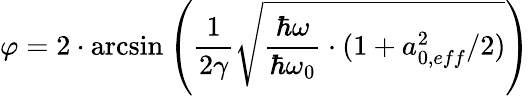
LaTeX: \varphi=2\cdot\arcsin\left(\frac{1}{2\gamma}\sqrt{\frac{\hbar\omega}{\hbar\omega_{0}}\cdot{(1+a_{0,eff}^{2}/2)}}\right)